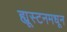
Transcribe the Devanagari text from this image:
ह्यूस्टनमधून